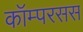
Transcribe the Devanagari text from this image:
कॉम्परसस